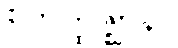
စတုတ္ထဇ္ဈာနာ